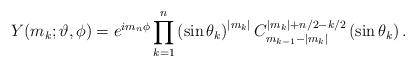
LaTeX: \begin{align*}Y(m_{k};\vartheta ,\phi )=e^{im_{n}\phi }\prod_{k=1}^{n}\left( \sin \theta_{k}\right) ^{|m_{k}|}C_{m_{k-1}-|m_{k}|}^{|m_{k}|+n/2-k/2}\left( \sin\theta _{k}\right) . \end{align*}